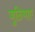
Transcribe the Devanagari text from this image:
जुठियाए